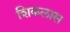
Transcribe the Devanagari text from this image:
शिकलास